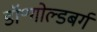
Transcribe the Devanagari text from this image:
डॉ॰गोल्डबर्ग